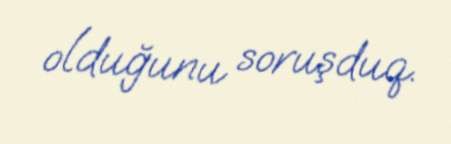
olduğunu soruşduq.